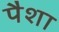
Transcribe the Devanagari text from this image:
पैशा